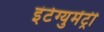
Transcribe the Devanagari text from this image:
इंटेग्युमेंट्री